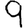
Digit: 9